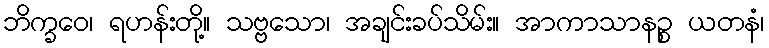
ဘိက္ခဝေ၊ ရဟန်းတို့။ သဗ္ဗသော၊ အချင်းခပ်သိမ်း။ အာကာသာနဉ္စ ယတနံ၊